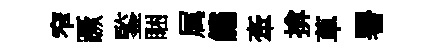
窄蹶鍳睏属繡牽揜草署